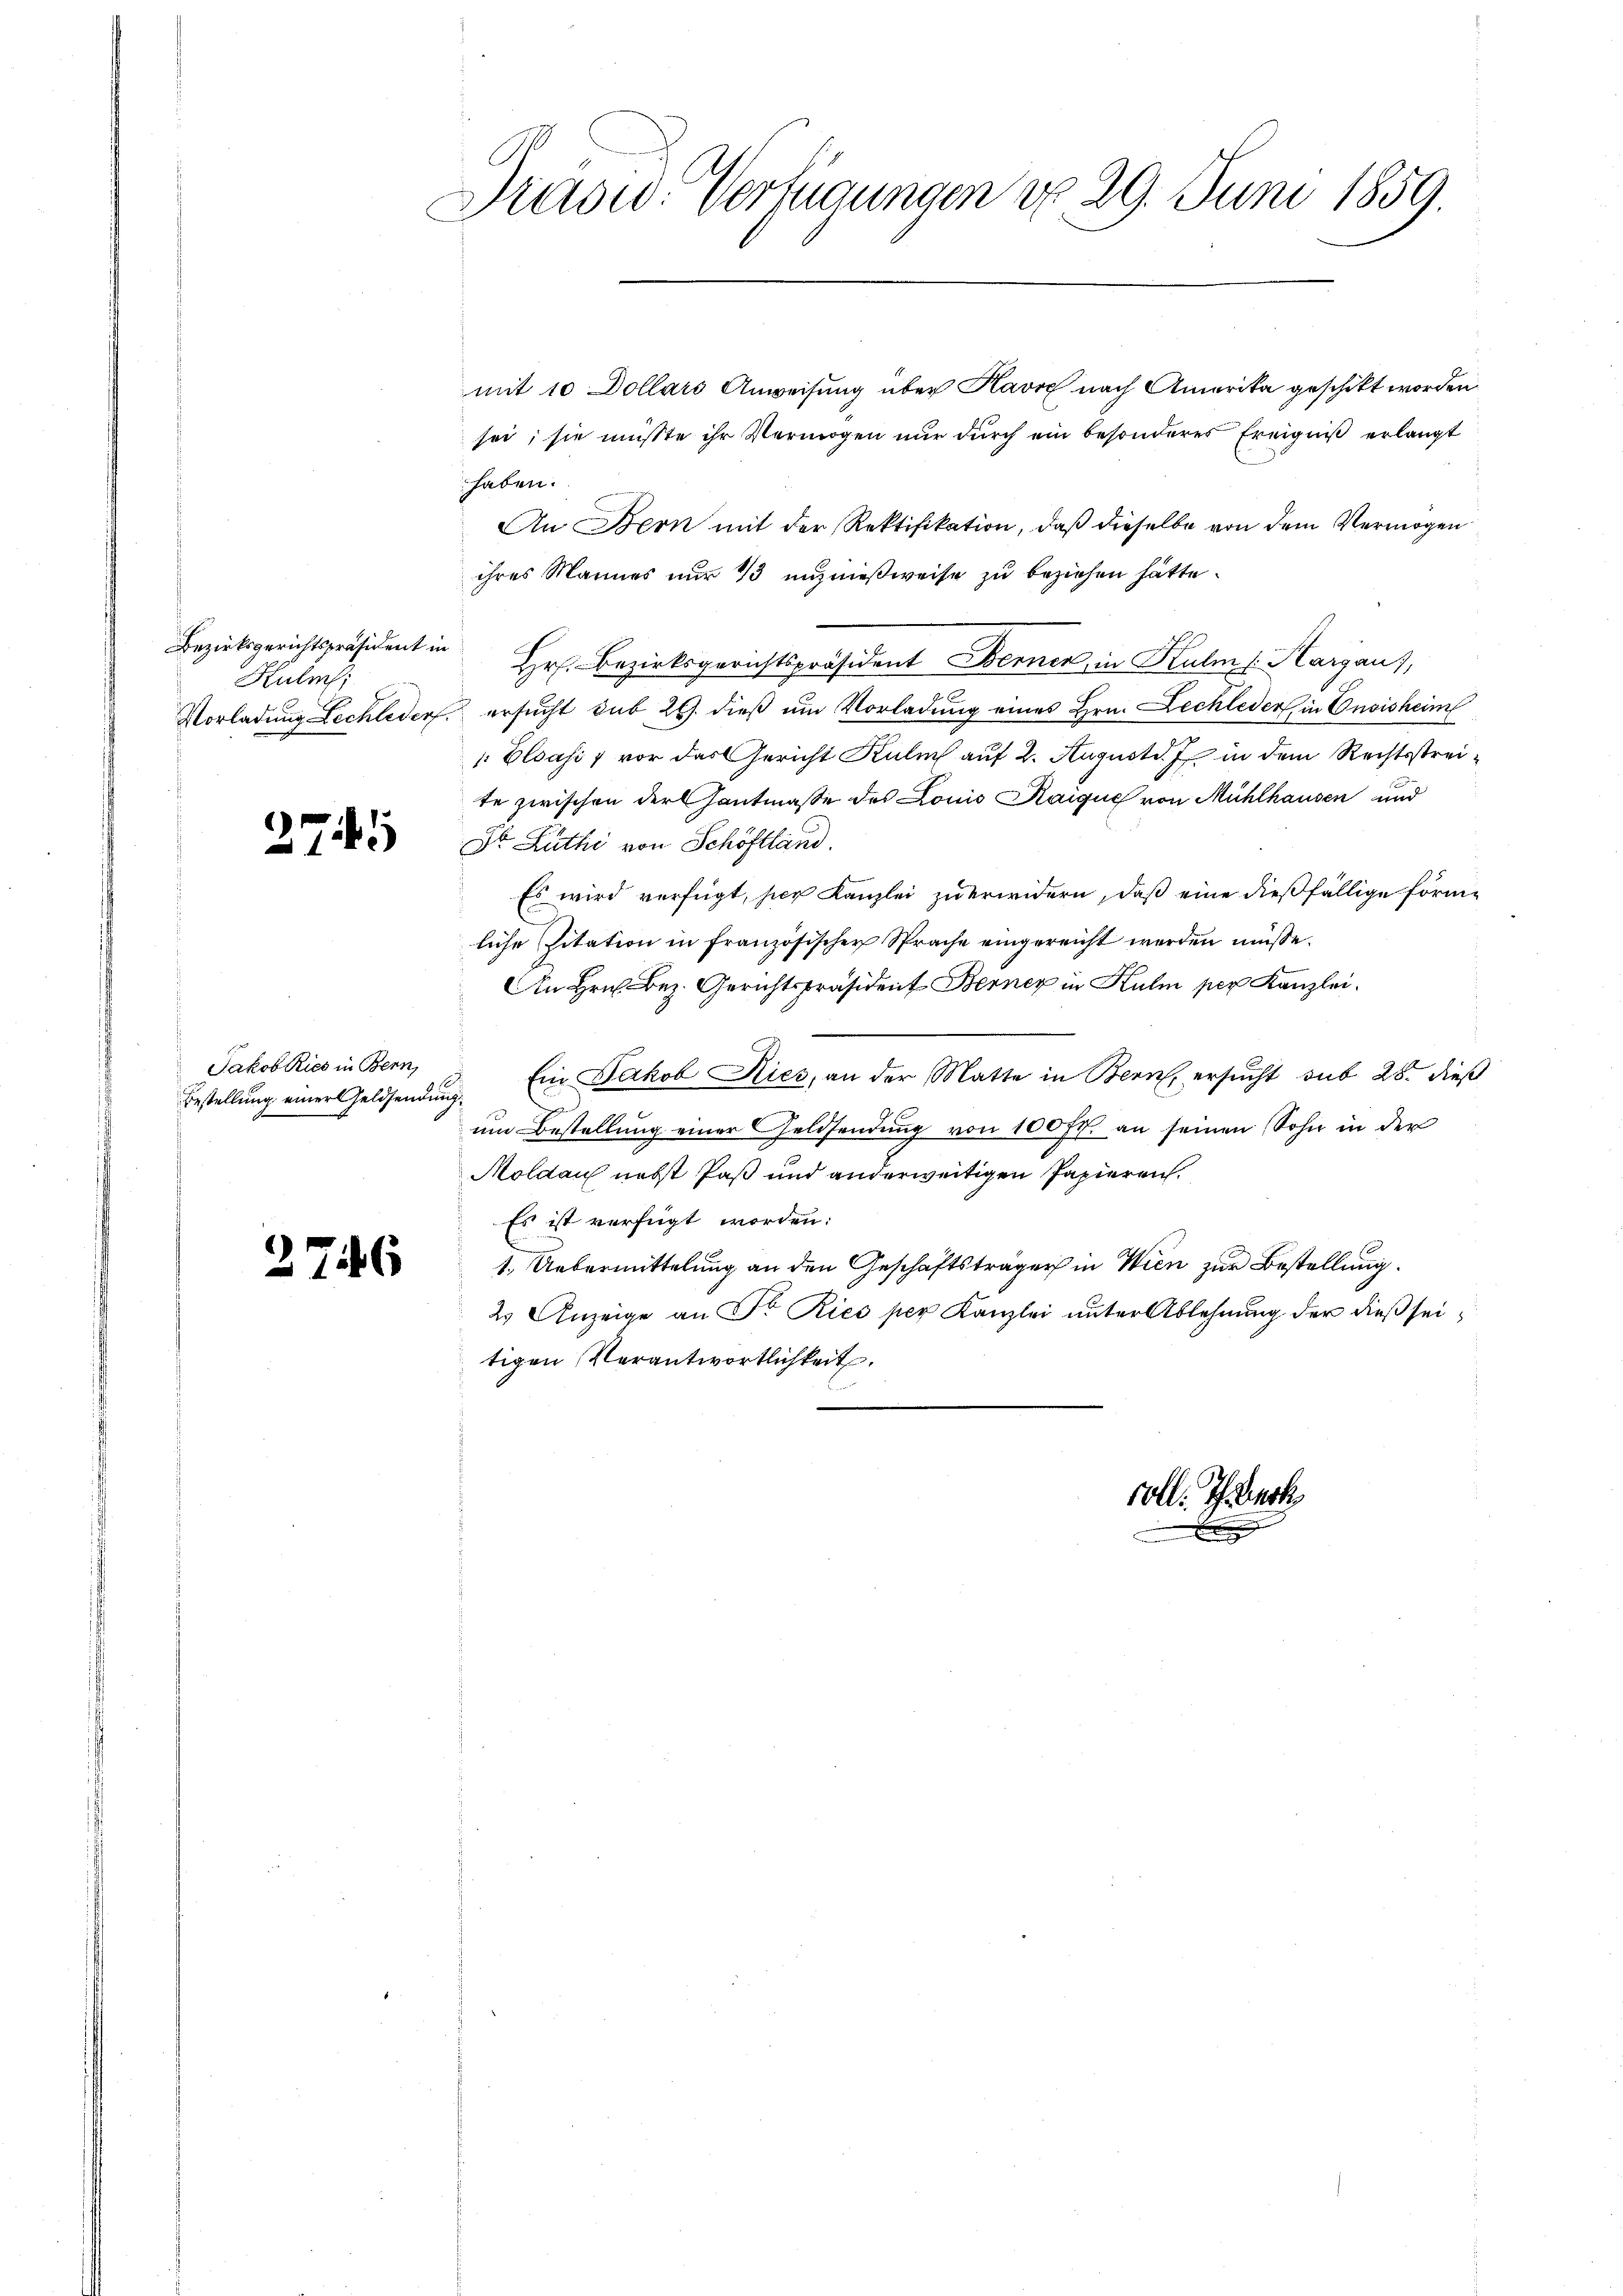
Bezirksgerichtspräsident in
Kulich,

2741

Jakob Kies in Bern,
Bestellung einer Geldsendung.

2746

Draswo. Verfügungen d. 29. Juni 1859.

mit 10 Dollars Anweisung über Havre nach Amerika geschickt worden
sei; sie müsste ihr Vermögen nur durch ein besonderes Ereigniβ erlangt
haben.
An Bern mit der Rektifikation, daß dieselbe von dem Vermögen
ihres Mannes nur 13 unznießweise zu beziehen hätte.
Hr. Bezirksgerichtspräsident Berner in Hulm 1. Kargaus,
Vorladung Lechleder ersucht sub 26. dieß um Vorladung eines Hrn. Lechleder in Consisheim
. Elsass, vor das Gericht Kulm auf 2. August d. Js in dem Rechtsstreite zwischen der Gantmasse des Louis Kaique von Mühlhausen und
Dr. Luthi von Schöftland.
Es wird verfügt, hier Kanzlei zu erwidern, daß eine dießfällige förmliche Citation in französischer Sprache eingereicht werden müsse.
An Hrn. Bez. Gerichtspräsident Berner in Kulm per Kanzlei.
Ein Jakob Ries, an der Matte in Bern, ersucht sub 28. dieß
um Bestellung einer Geldsendung von 100 fl. an seinen Sohn in der
Moldau nebst Paß und anderweitigen Papieren.
Es ist verfügt worden:
1. Uebermittelung an den Geschäftsträger in Wien zur Bestellung.
2 Anzeige an Sr. Ries per Kanzlei unter Ablehnung der dießseitigen Verantwortlichkeit,

voll. I Buch